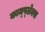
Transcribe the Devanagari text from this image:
काम्‍प्‍लेक्स